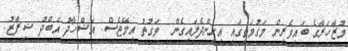
މުޒާހަރާގެ ބައިވެރިން މަގުމަތީގައި އިށީންދެލައިގެން  ވަގުތު އިމޭޖެސް: އަޝްހާދު އަބްދު ޝިފާޒު: